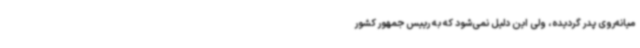
میانه‌روی پدر گردیده، ولی این دلیل نمی‌شود که به رییس جمهور کشور